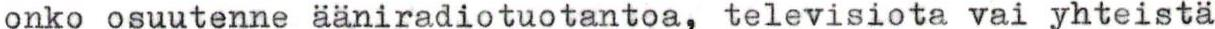
onko osuutenne ääniradiotuotantoa, televisiota vai yhteistä